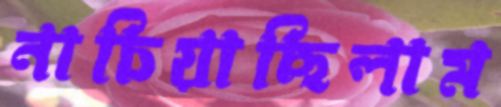
নাচিয়াছিলাম